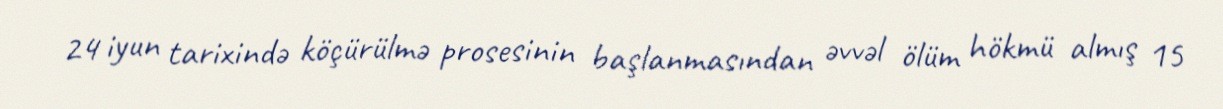
24 iyun tarixində köçürülmə prosesinin başlanmasından əvvəl ölüm hökmü almış 15